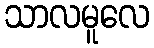
သာလမူလေ